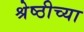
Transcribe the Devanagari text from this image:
श्रेष्ठीच्या